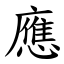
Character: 應